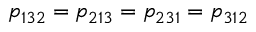
p _ { 1 3 2 } = p _ { 2 1 3 } = p _ { 2 3 1 } = p _ { 3 1 2 }